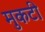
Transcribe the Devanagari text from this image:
मुकटी